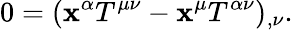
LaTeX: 0=(\mathbf{x}^{\alpha}T^{\mu\nu}-\mathbf{x}^{\mu}T^{\alpha\nu})_{,\nu}.